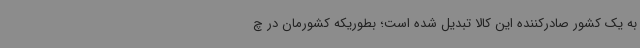
به یک کشور صادرکننده این کالا تبدیل شده است؛ بطوریکه کشورمان در چ